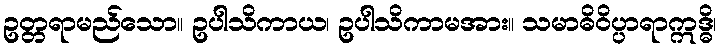
ဥတ္တရာမည်သော။ ဥပါသိကာယ၊ ဥပါသိကာမအား။ သမာဓိဝိပ္ပာရာဣဒ္ဓိ၊